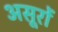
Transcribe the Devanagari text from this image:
असूरों